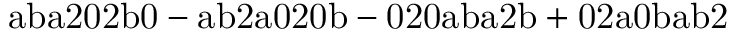
\mathrm { a b a 2 0 2 b 0 - a b 2 a 0 2 0 b - 0 2 0 a b a 2 b + 0 2 a 0 b a b 2 }